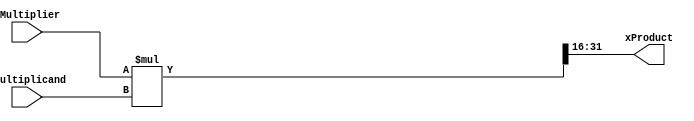
module multiplier(
xMultiplicand,
xMultiplier,
xProduct
);

output [16-1:0] xProduct			;	//for 16*16 this is 32 bits
input  [16-1:0] xMultiplicand	 	;	//M bits
input  [16-1:0] xMultiplier		 	;	//M bits

wire signed [16-1:0] xProduct  		;	//output
wire signed [16-1:0] xMultiplier	;	//input2
wire signed [16-1:0] xMultiplicand	;	//input1 
wire signed [32-1:0] xProductFull  	;	//output

assign xProductFull = xMultiplier*xMultiplicand;
assign xProduct = xProductFull[32-1:16];

endmodule